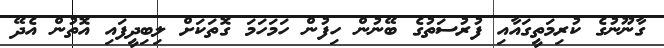
ގާނޫނުގެ ކުރިމަތީގައާއި ފުރުސަތުގެ ބޭނުން ހިފުން ހަމަހަމަ ގޮތަކަށް ލިބިދީފައި އޮތުން އެދޭ